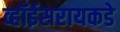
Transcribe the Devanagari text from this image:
व्हॉईसरायकडे